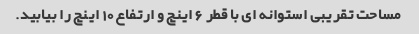
مساحت تقریبی استوانه ای با قطر 6 اینچ و ارتفاع 10 اینچ را بیابید.